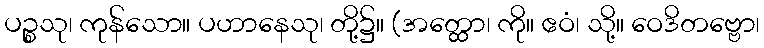
ပဉ္စသု၊ ကုန်သော။ ပဟာနေသု၊ တို့၌။ (အတ္ထော၊ ကို။ ဧဝံ၊ သို့။ ဝေဒိတဗ္ဗော၊